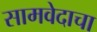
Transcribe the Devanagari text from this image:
सामवेदाचा